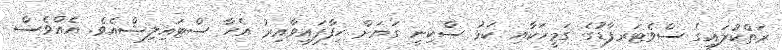
ރަތްކުލައިގެ ސްވެޓަރފާޑުގެ ގަމީހަކާއި ކަޅު ސްކިނީ ގަޔަށް ހިފާފައިވާއިރު އެހާ ސްޓައިލިޝްއެވެ. އެއްވެސް